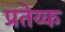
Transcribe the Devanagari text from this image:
प्रतेय्क